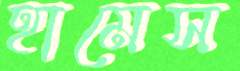
হামেস